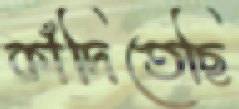
কাঁদিতেছি